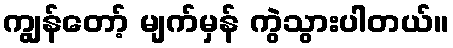
ကျွန်တော့် မျက်မှန် ကွဲသွားပါတယ်။